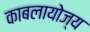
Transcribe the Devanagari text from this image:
काबलायोज्य